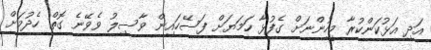
އަދި އަޅުކަންކުރާ މީހުންނަށް ގެފުޅާ ހަމަޔަށް ފަސޭހައިން ވާސިލު ވެވޭނެ ގޮތް ހެދުމަށް